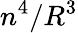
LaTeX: n^{4}/R^{3}